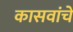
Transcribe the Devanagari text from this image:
कासवांचे